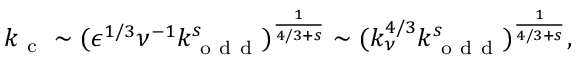
k _ { \mathrm { ~ c ~ } } \sim ( \epsilon ^ { 1 / 3 } \nu ^ { - 1 } k _ { \mathrm { ~ o ~ d ~ d ~ } } ^ { s } ) ^ { \frac { 1 } { 4 / 3 + s } } \sim ( k _ { \nu } ^ { 4 / 3 } k _ { \mathrm { ~ o ~ d ~ d ~ } } ^ { s } ) ^ { \frac { 1 } { 4 / 3 + s } } ,